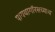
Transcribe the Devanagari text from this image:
पायथागॉरसच्याच